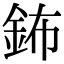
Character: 鈽